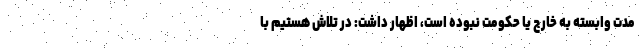
مدت وابسته به خارج یا حکومت نبوده است، اظهار داشت: در تلاش هستیم با